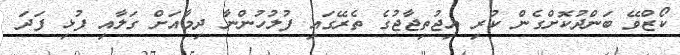
ކޯޒްވޭ ބަންދުކޮށްގެން ކުރި އިޖުތިޖާޖުގެ ތެރޭގައި ފުލުހުންނާ ދިމާއަށް ގަލާއި ފުޅި ފަދަ